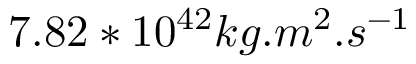
7 . 8 2 * 1 0 ^ { 4 2 } k g . m ^ { 2 } . s ^ { - 1 }